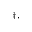
^ { \dagger , }